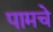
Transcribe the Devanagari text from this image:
पामचे